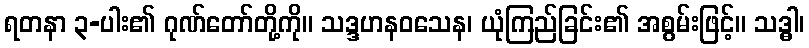
ရတနာ ၃-ပါး၏ ဂုဏ်တော်တို့ကို။ သဒ္ဒဟနဝသေန၊ ယုံကြည်ခြင်း၏ အစွမ်းဖြင့်။ သဒ္ဓါ၊